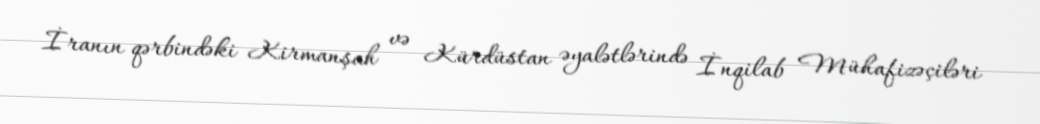
İranın qərbindəki Kirmanşah və Kürdüstan əyalətlərində İnqilab Mühafizəçiləri